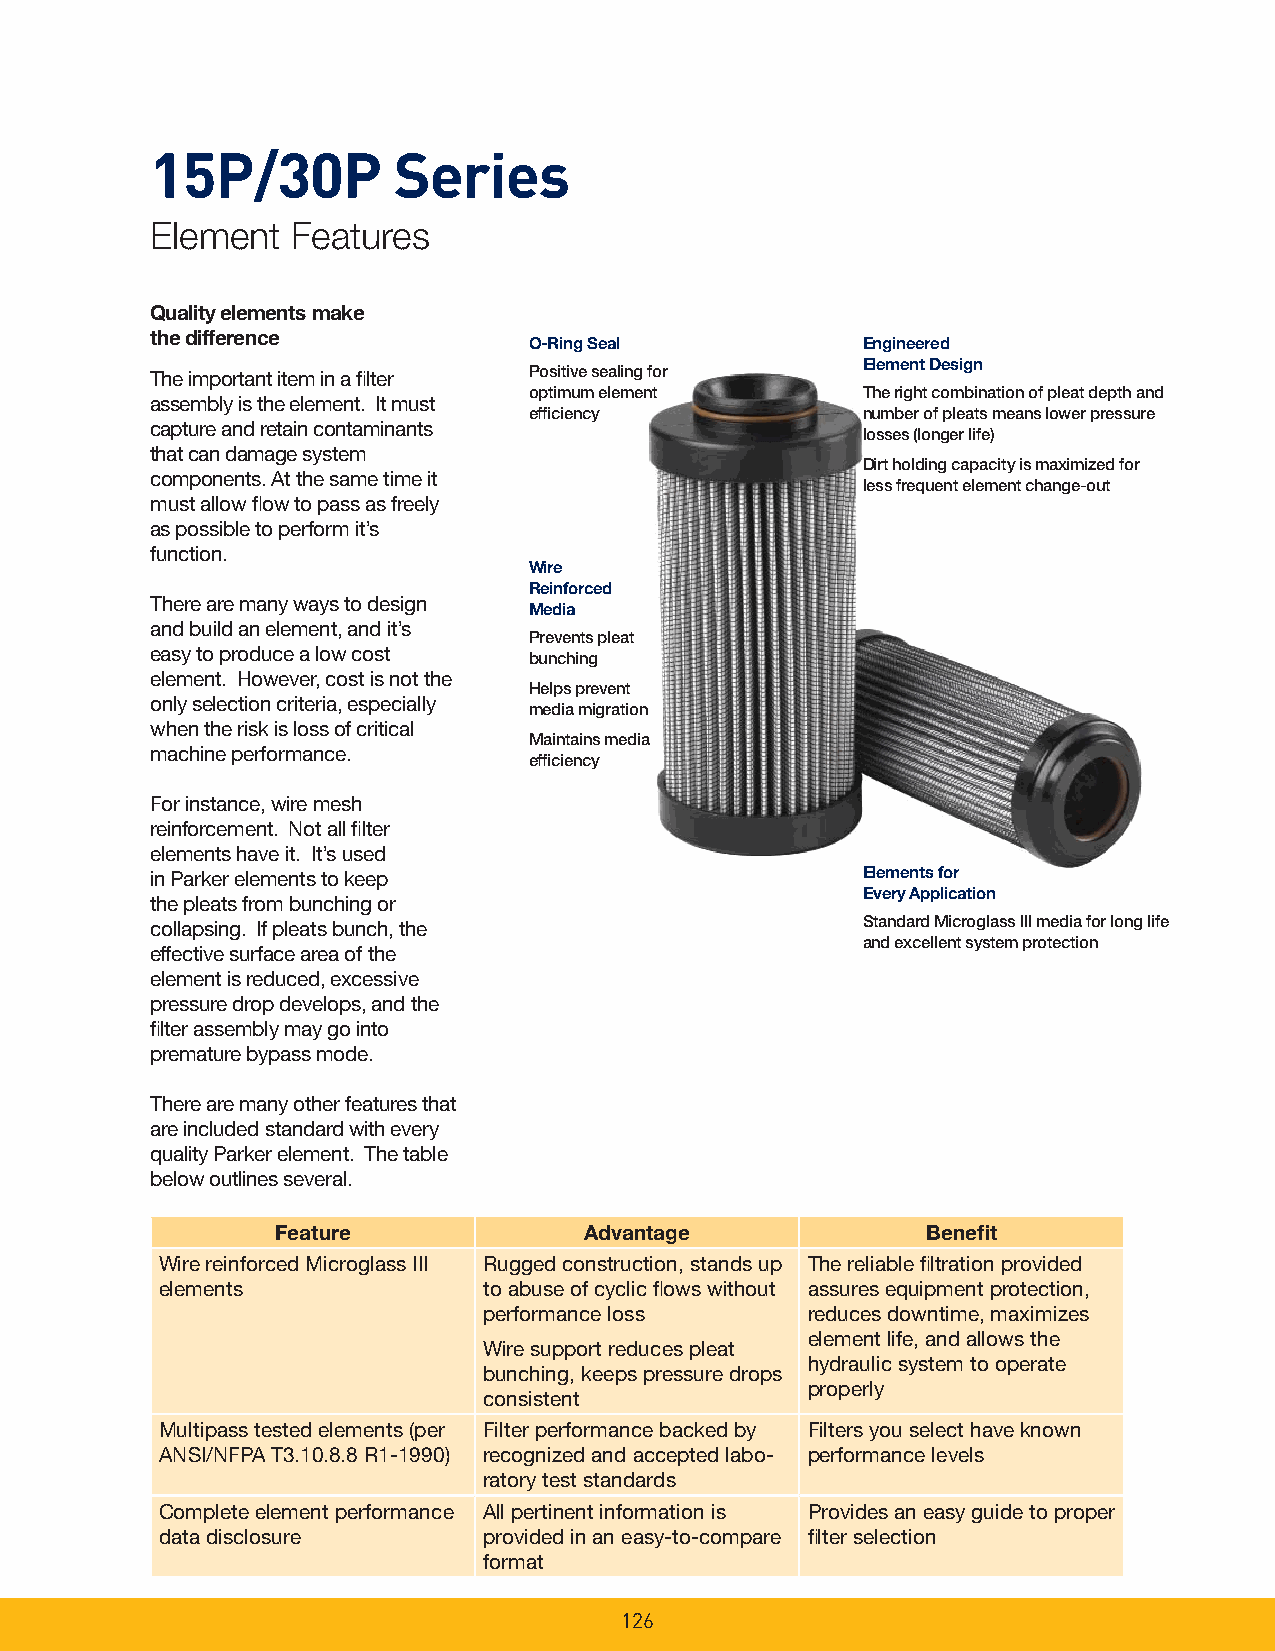
15P/30P         Series
 Element  Features
 Quality elements make
 the difference
 O-Ring Seal           Engineered
 Element Design
 The important item in a fi lter Positive sealing for
 optimum element       The right combination of pleat depth and
 assembly is the element. It must
 effi ciency           number of pleats means lower pressure
 capture and retain contaminants
 losses (longer life)
 that can damage system
 Dirt holding capacity is maximized for
 components. At the same time it
 less frequent element change-out
 must allow fl ow to pass as freely
 as possible to perform it’s
 function.
 Wire
 Reinforced
 There are many ways to design
 Media
 and build an element, and it’s
 Prevents pleat
 easy to produce a low cost
 bunching
 element. However, cost is not the
 Helps prevent
 only selection criteria, especially
 media migration
 when the risk is loss of critical
 Maintains media
 machine performance.
 effi ciency
 For instance, wire mesh
 reinforcement. Not all fi lter
 elements have it. It’s used
 in Parker elements to keep                     Elements for
 Every Application
 the pleats from bunching or
 collapsing. If pleats bunch, the               Standard Microglass III media for long life
 and excellent system protection
 effective surface area of the
 element is reduced, excessive
 pressure drop develops, and the
 fi lter assembly may go into
 prema ture bypass mode.
 There are many other features that
 are included standard with every
 qual ity Parker element. The table
 below outlines several.
 Feature              Advantage             Benefi t
 Wire reinforced Microglass III Rugged construction, stands up The reliable fi ltration provided
 elements             to abuse of cyclic fl ows without assures equipment protection,
 performance loss     reduces downtime, maximizes
 element life, and allows the
 Wire support reduces pleat
 hydraulic system to operate
 bunching, keeps pressure drops
 properly
 consistent
 Multipass tested elements (per Filter performance backed by Filters you select have known
 ANSI/NFPA T3.10.8.8 R1-1990) recognized and accepted labo- performance levels
 ratory test standards
 Complete element performance All pertinent information is Provides an easy guide to proper
 data disclosure      provided in an easy-to-compare fi lter selection
 format
 126